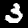
Label: 3